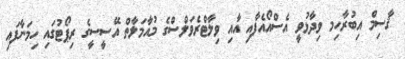
ޤާސިމް އިބުރާހިމ ވިދާޅުވީ އެސްއޯއެފާއި އާއި ވިލާޓްރެވަލްސްގެ މުއާމަލާތް އޭސީސީގެ ރިޕޯޓުގައި ހިމަނާފައި